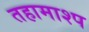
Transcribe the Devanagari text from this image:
तहामाश्प